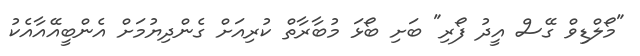
"މޯލްޑިވް ގޭސް އީދު ފޯރި" ބަށި ބޯޅަ މުބާރާތް ކުރިއަށް ގެންދިޔުމަށް އެންބީއޭއާއެކު